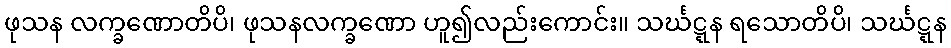
ဖုသန လက္ခဏောတိပိ၊ ဖုသနလက္ခဏော ဟူ၍လည်းကောင်း။ သင်္ဃဋ္ဋန ရသောတိပိ၊ သင်္ဃဋ္ဋန